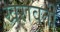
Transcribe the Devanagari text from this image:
खरावती